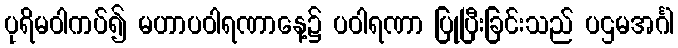
ပုရိမဝါကပ်၍ မဟာပဝါရဏာနေ့၌ ပဝါရဏာ ပြုပြီးခြင်းသည် ပဌမအင်္ဂါ